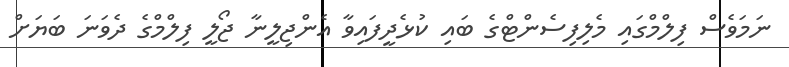
ނަމަވެސް ފިލްމްގައި މެލިފިސެންޓްގެ ބައި ކުޅެދީފައިވާ އެންޖިލީނާ ޖޯލީ ފިލްމްގެ ދެވަނަ ބަޔަށް